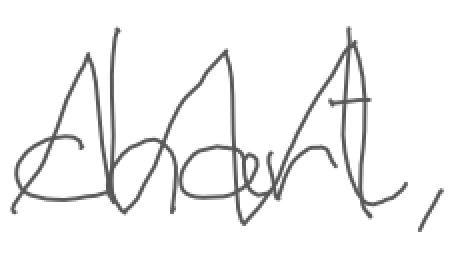
Text: chart,
Cross-out: mix
Writing tool: digital_gray